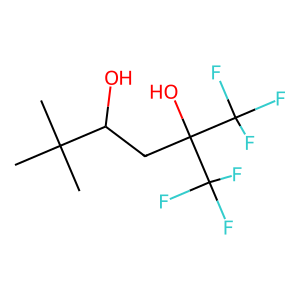
SMILES: CC(C)(C)C(O)CC(O)(C(F)(F)F)C(F)(F)F
Inhibits HIV replication: No